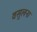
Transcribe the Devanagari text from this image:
वसुलना